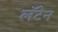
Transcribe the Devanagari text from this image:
लॅटेन